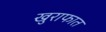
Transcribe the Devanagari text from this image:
खुराफात